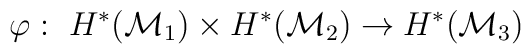
\varphi:\ H^*({\cal M}_1) \times H^*({\cal M}_2) \to H^*({\cal M}_3)